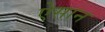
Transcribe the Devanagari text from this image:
ऐसान